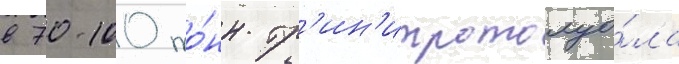
в 70-100 то́нн тр'ин'итротолуо́ла